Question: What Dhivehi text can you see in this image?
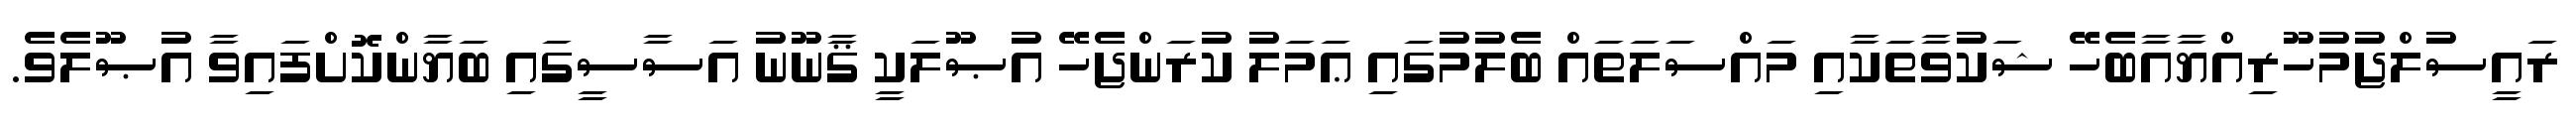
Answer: ރައީސުލްޖުމުހޫރިއްޔާއާބެހޭ ޝަކުވާތަކާއި މައްސަލަތައް ބެލުމުގައި ޢަމަލު ކުރަންޖެހޭ އުޞޫލަކީ ޤާނޫނު އަސާސީގައި ބަޔާންކޮށްފައިވާ އުޞޫލެވެ.